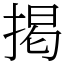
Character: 掲